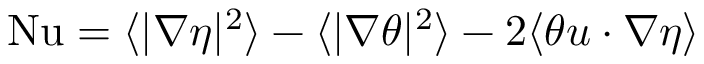
\begin{array} { r } { \mathrm { { N u } } = \langle | \nabla \eta | ^ { 2 } \rangle - \langle | \nabla \theta | ^ { 2 } \rangle - 2 \langle \theta u \cdot \nabla \eta \rangle } \end{array}